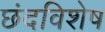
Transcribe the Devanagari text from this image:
छंदविशेष